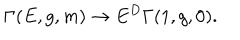
LaTeX: \Gamma ( E , g , m ) \rightarrow E ^ { D } \Gamma ( 1 , g , 0 ) .